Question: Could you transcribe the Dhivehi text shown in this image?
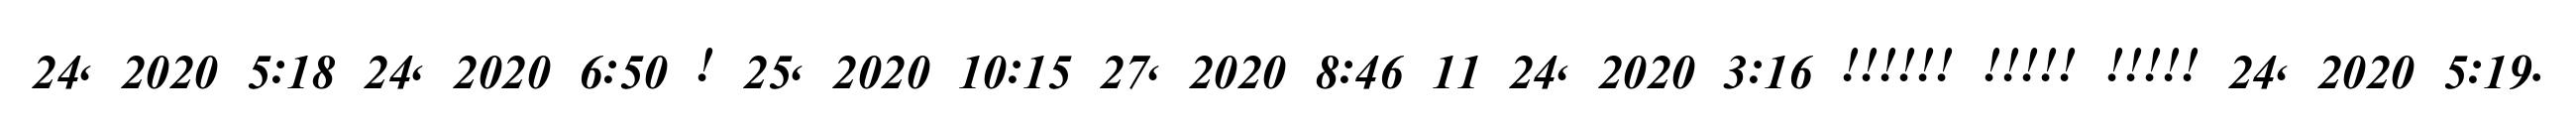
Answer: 24, 2020 5:18 24, 2020 6:50 ! 25, 2020 10:15 27, 2020 8:46 11 24, 2020 3:16 !!!!!! !!!!! !!!!! 24, 2020 5:19.